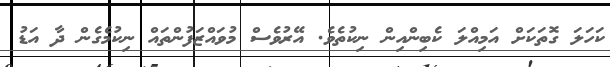
ކަހަލަ ގޮތަކަށް އަމިއްލަ ކެބިންއިން ނިކުތެވެ. އޭރުވެސް މުވައްޒަފުންތައް ނިކުމެގެން ދާ އަޑު